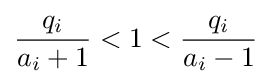
{\frac {q_{i}}{a_{i}+1}}<1<{\frac {q_{i}}{a_{i}-1}}